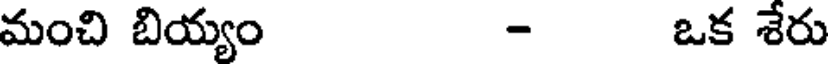
మంచి బియ్యం - ఒక శేరు